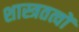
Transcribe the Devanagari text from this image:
शास्त्रतत्वों